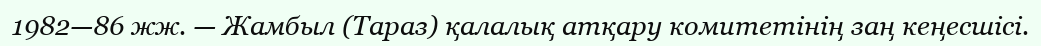
1982—86 жж. — Жамбыл (Тараз) қалалық атқару комитетінің заң кеңесшісі.